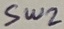
Text: SW2